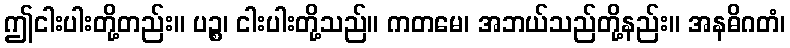
ဤငါးပါးတို့တည်း။ ပဉ္စ၊ ငါးပါးတို့သည်။ ကတမေ၊ အဘယ်သည်တို့နည်း။ အနဓိဂတံ၊